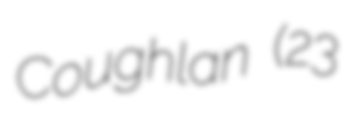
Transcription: Coughlan (23